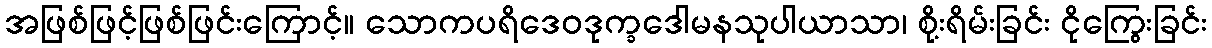
အဖြစ်ဖြင့်ဖြစ်ဖြင်းကြောင့်။ သောကပရိဒေဝဒုက္ခဒေါမနသုပါယာသာ၊ စို့းရိမ်းခြင်း ငိုကြွေးခြင်း